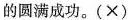
的圆满成功。(×)